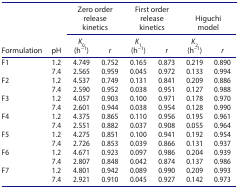
<table><thead><tr><td rowspan="2"><b>Formulation</b></td><td rowspan="2"><b>pH</b></td><td colspan="2"><b>Zero order release kinetics</b></td><td colspan="2"><b>First order release kinetics</b></td><td colspan="2"><b>Higuchi model</b></td></tr><tr><td><b><i>K</i><sub>0</sub> (h<sup>−1</sup>)</b></td><td><b><i>r</i></b></td><td><b><i>K</i><sub>1</sub> (h<sup>−1</sup>)</b></td><td><b><i>r</i></b></td><td><b><i>K</i><sub>2</sub> (h<sup>−1</sup>)</b></td><td><b><i>r</i></b></td></tr></thead><tbody><tr><td rowspan="2">F1</td><td>1.2</td><td>4.749</td><td>0.752</td><td>0.165</td><td>0.873</td><td>0.219</td><td>0.890</td></tr><tr><td>7.4</td><td>2.565</td><td>0.959</td><td>0.045</td><td>0.972</td><td>0.133</td><td>0.994</td></tr><tr><td rowspan="2">F2</td><td>1.2</td><td>4.537</td><td>0.749</td><td>0.131</td><td>0.841</td><td>0.209</td><td>0.886</td></tr><tr><td>7.4</td><td>2.590</td><td>0.952</td><td>0.038</td><td>0.951</td><td>0.127</td><td>0.988</td></tr><tr><td rowspan="2">F3</td><td>1.2</td><td>4.057</td><td>0.903</td><td>0.100</td><td>0.971</td><td>0.178</td><td>0.970</td></tr><tr><td>7.4</td><td>2.601</td><td>0.944</td><td>0.038</td><td>0.954</td><td>0.128</td><td>0.990</td></tr><tr><td rowspan="2">F4</td><td>1.2</td><td>4.375</td><td>0.865</td><td>0.110</td><td>0.956</td><td>0.195</td><td>0.961</td></tr><tr><td>7.4</td><td>2.551</td><td>0.882</td><td>0.037</td><td>0.908</td><td>0.055</td><td>0.964</td></tr><tr><td rowspan="2">F5</td><td>1.2</td><td>4.275</td><td>0.851</td><td>0.100</td><td>0.941</td><td>0.192</td><td>0.954</td></tr><tr><td>7.4</td><td>2.726</td><td>0.853</td><td>0.039</td><td>0.866</td><td>0.131</td><td>0.937</td></tr><tr><td rowspan="2">F6</td><td>1.2</td><td>4.671</td><td>0.923</td><td>0.097</td><td>0.986</td><td>0.204</td><td>0.939</td></tr><tr><td>7.4</td><td>2.807</td><td>0.848</td><td>0.042</td><td>0.874</td><td>0.137</td><td>0.986</td></tr><tr><td rowspan="2">F7</td><td>1.2</td><td>4.801</td><td>0.942</td><td>0.089</td><td>0.990</td><td>0.209</td><td>0.993</td></tr><tr><td>7.4</td><td>2.921</td><td>0.910</td><td>0.045</td><td>0.927</td><td>0.142</td><td>0.973</td></tr></tbody></table>